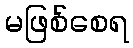
မဖြစ်စေရ